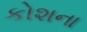
કોશના